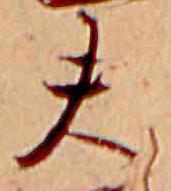
夫